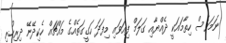
ނަމަވެސް ހިތާމައަކީ ދެއްޔާއި ގަލަމް ފިއަވައި މިފަދަ ހަގީގަތެއްގެ މައްޗައް ހެކިދޭނޭ ދިރިހުރި